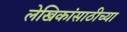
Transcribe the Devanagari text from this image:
लेखिकांसाठीच्या